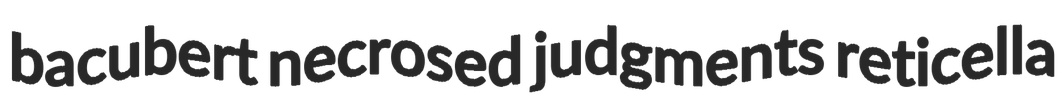
bacubert necrosed judgments reticella